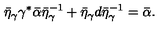
\bar { \eta } _ { \gamma } \gamma ^ { * } { \bf \bar { \alpha } } \bar { \eta } _ { \gamma } ^ { - 1 } + \bar { \eta } _ { \gamma } d \bar { \eta } _ { \gamma } ^ { - 1 } = { \bf \bar { \alpha } } .